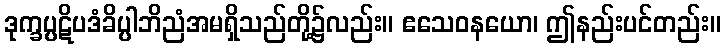
ဒုက္ခပ္ပဋိပဒံခိပ္ပါဘိညံအမရှိသည်တို့၌လည်း။ ဧသေဝနယော၊ ဤနည်းပင်တည်း။